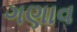
ગણાવ